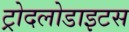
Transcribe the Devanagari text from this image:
ट्रोदलोडाइटस